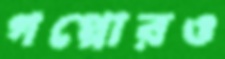
গপ্পোরও